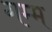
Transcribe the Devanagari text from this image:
गम्म